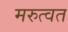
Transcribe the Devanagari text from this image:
मरुत्वत